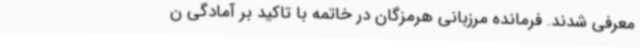
معرفی شدند. فرمانده مرزبانی هرمزگان در خاتمه با تاکید بر آمادگی ن